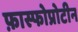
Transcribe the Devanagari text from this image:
फ़ास्फोप्रोटीन